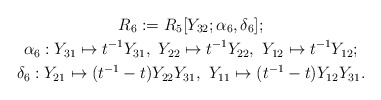
\begin{gather*}R_6:=R_5[Y_{32};\alpha_6,\delta_6];\\\alpha_6: Y_{31} \mapsto t^{-1}Y_{31}, \ Y_{22} \mapsto t^{-1}Y_{22}, \ Y_{12} \mapsto t^{-1}Y_{12};\\\delta_6: Y_{21} \mapsto (t^{-1}-t)Y_{22}Y_{31},\ Y_{11} \mapsto (t^{-1}-t)Y_{12}Y_{31}.\end{gather*}